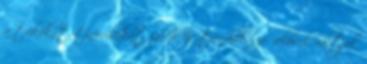
a trikókat, tiniruhákat zakók és trendibb sze- relések váltják